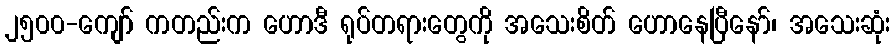
၂၅၀၀-ကျော် ကတည်းက ဟောဒီ ရုပ်တရားတွေကို အသေးစိတ် ဟောနေပြီနော်၊ အသေးဆုံး